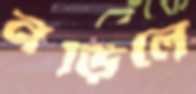
নড়িলে